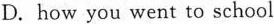
D.how you went to school